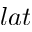
l a t